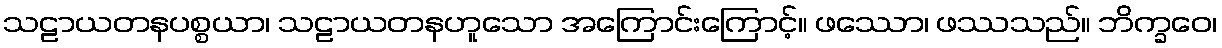
သဠာယတနပစ္စယာ၊ သဠာယတနဟူသော အကြောင်းကြောင့်။ ဖဿော၊ ဖဿသည်။ ဘိက္ခဝေ၊